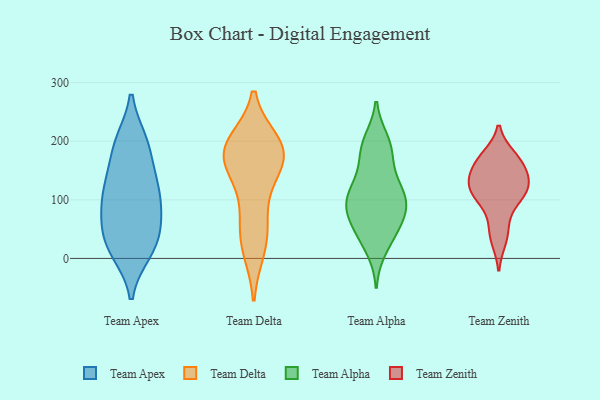
{"axis": {"x": "Population (Million)", "y": "Value"}, "legend": ["Team Alpha", "Team Apex", "Team Delta", "Team Zenith"], "data": [{"x": "", "y": 12, "type": "Team Apex"}, {"x": "", "y": 198, "type": "Team Apex"}, {"x": "", "y": 80, "type": "Team Apex"}, {"x": "", "y": 116, "type": "Team Apex"}, {"x": "", "y": 44, "type": "Team Apex"}, {"x": "", "y": 74, "type": "Team Apex"}, {"x": "", "y": 129, "type": "Team Apex"}, {"x": "", "y": 147, "type": "Team Apex"}, {"x": "", "y": 41, "type": "Team Apex"}, {"x": "", "y": 118, "type": "Team Apex"}, {"x": "", "y": 90, "type": "Team Apex"}, {"x": "", "y": 195, "type": "Team Apex"}, {"x": "", "y": 196, "type": "Team Apex"}, {"x": "", "y": 17, "type": "Team Apex"}, {"x": "", "y": 17, "type": "Team Apex"}, {"x": "", "y": 184, "type": "Team Delta"}, {"x": "", "y": 57, "type": "Team Delta"}, {"x": "", "y": 174, "type": "Team Delta"}, {"x": "", "y": 184, "type": "Team Delta"}, {"x": "", "y": 194, "type": "Team Delta"}, {"x": "", "y": 16, "type": "Team Delta"}, {"x": "", "y": 143, "type": "Team Delta"}, {"x": "", "y": 180, "type": "Team Delta"}, {"x": "", "y": 25, "type": "Team Delta"}, {"x": "", "y": 197, "type": "Team Delta"}, {"x": "", "y": 158, "type": "Team Delta"}, {"x": "", "y": 87, "type": "Team Delta"}, {"x": "", "y": 46, "type": "Team Alpha"}, {"x": "", "y": 17, "type": "Team Alpha"}, {"x": "", "y": 75, "type": "Team Alpha"}, {"x": "", "y": 104, "type": "Team Alpha"}, {"x": "", "y": 102, "type": "Team Alpha"}, {"x": "", "y": 109, "type": "Team Alpha"}, {"x": "", "y": 137, "type": "Team Alpha"}, {"x": "", "y": 175, "type": "Team Alpha"}, {"x": "", "y": 38, "type": "Team Alpha"}, {"x": "", "y": 95, "type": "Team Alpha"}, {"x": "", "y": 200, "type": "Team Alpha"}, {"x": "", "y": 91, "type": "Team Alpha"}, {"x": "", "y": 193, "type": "Team Alpha"}, {"x": "", "y": 126, "type": "Team Alpha"}, {"x": "", "y": 56, "type": "Team Alpha"}, {"x": "", "y": 186, "type": "Team Alpha"}, {"x": "", "y": 76, "type": "Team Alpha"}, {"x": "", "y": 32, "type": "Team Zenith"}, {"x": "", "y": 154, "type": "Team Zenith"}, {"x": "", "y": 118, "type": "Team Zenith"}, {"x": "", "y": 157, "type": "Team Zenith"}, {"x": "", "y": 123, "type": "Team Zenith"}, {"x": "", "y": 98, "type": "Team Zenith"}, {"x": "", "y": 134, "type": "Team Zenith"}, {"x": "", "y": 123, "type": "Team Zenith"}, {"x": "", "y": 53, "type": "Team Zenith"}, {"x": "", "y": 174, "type": "Team Zenith"}, {"x": "", "y": 172, "type": "Team Zenith"}, {"x": "", "y": 103, "type": "Team Zenith"}]}